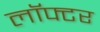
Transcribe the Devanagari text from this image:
लॉफ्टर